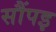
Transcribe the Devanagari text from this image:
सौंपइ